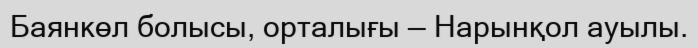
Баянкөл болысы, орталығы — Нарынқол ауылы.